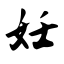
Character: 妊